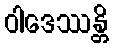
ဝါဒေဿန္တိ